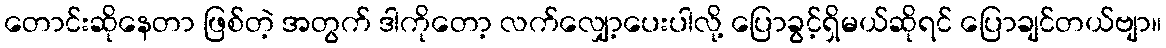
တောင်းဆိုနေတာ ဖြစ်တဲ့ အတွက် ဒါကိုတော့ လက်လျှော့ပေးပါလို့ ပြောခွင့်ရှိမယ်ဆိုရင် ပြောချင်တယ်ဗျာ။